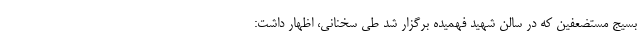
بسیج مستضعفین که در سالن شهید فهمیده برگزار شد طی سخنانی، اظهار داشت: